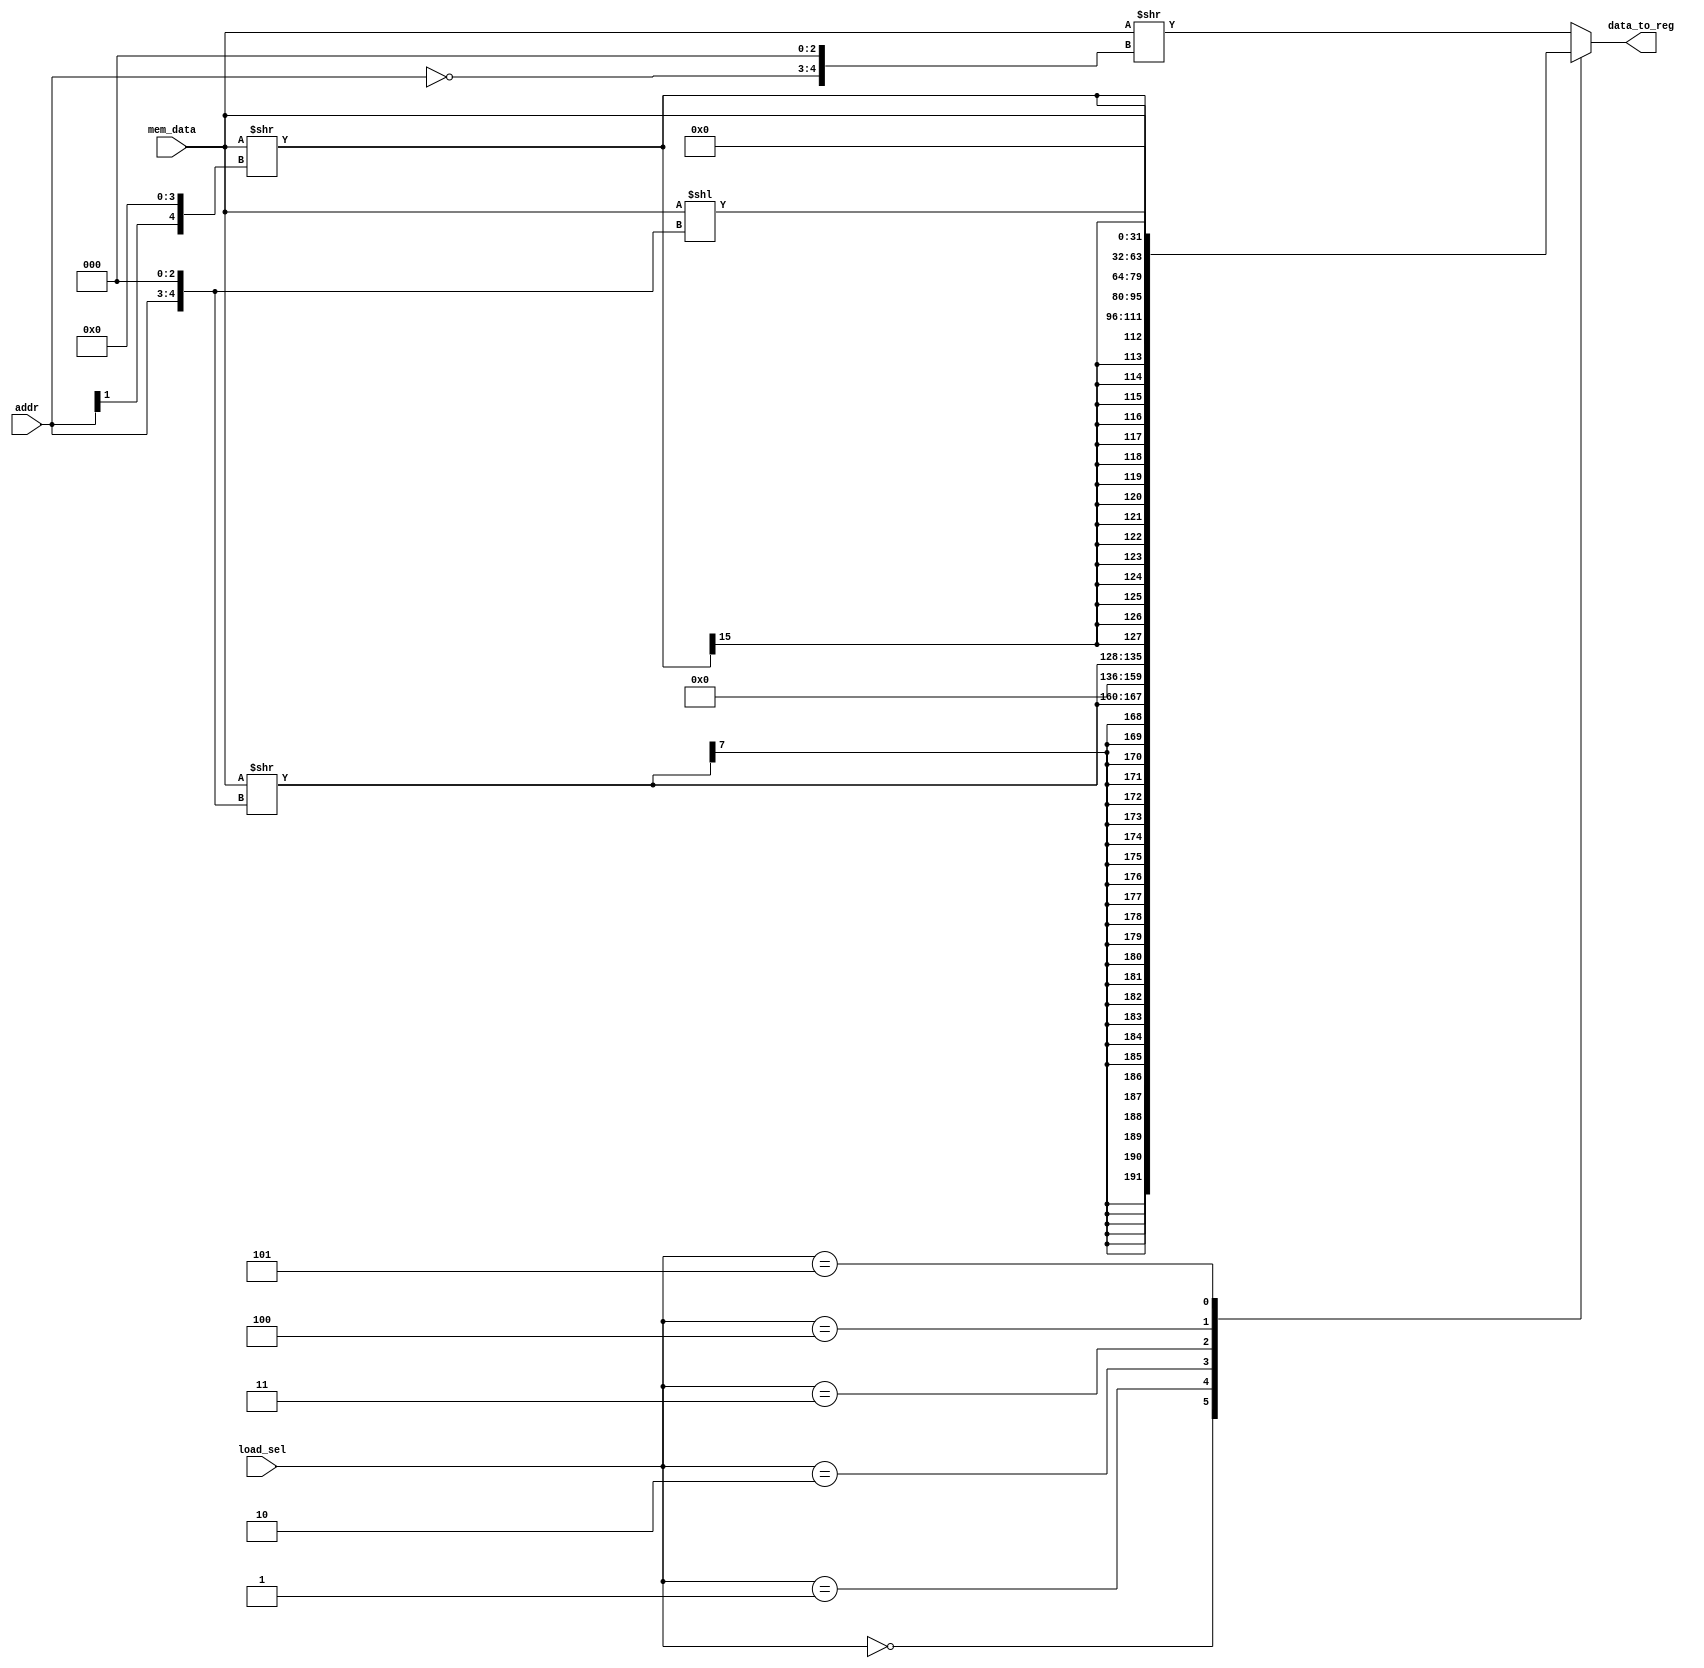
`timescale 1ns / 1ps

module load_shifter(
	input [1:0]addr,
	input [2:0]load_sel,
	input [31:0]mem_data,
	output [31:0]data_to_reg
);
reg [31:0] dout;
reg [31:0] shift_mid;
reg [4:0] shamt;

always@(*) begin
    case(load_sel)
        3'd0:begin
            shamt = addr<<3;
            shift_mid = mem_data>>shamt;
            dout = {{24{shift_mid[7]}},shift_mid[7:0]};
        end
        3'd1:begin
            shamt = addr<<3;
            shift_mid = mem_data>>shamt;
            dout = {24'd0,shift_mid[7:0]};
        end
        3'd2:begin
            shamt = addr[1]<<4;
            shift_mid = mem_data>>shamt;
            dout = {{16{shift_mid[15]}},shift_mid[15:0]};
        end
        3'd3:begin
            shamt = addr[1]<<4;
            shift_mid = mem_data>>shamt;
            dout = {16'd0,shift_mid[15:0]};
        end
        3'd4:begin
            shift_mid = 32'd0;
            shamt = 5'd0;
            dout = mem_data;
        end
        3'd5:begin
            shift_mid = 32'd0;
            shamt = addr<<3;
            dout = mem_data<<shamt;
        end
        default:begin //lwr
            shift_mid = 32'd0;
            shamt = (~addr)<<3;
            dout = mem_data>>shamt;
        end
    endcase
end

assign data_to_reg = dout;

endmodule